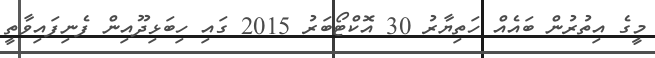
މީގެ އިތުރުން ބައެއް ހަތިޔާރު 30 އޮކްޓޯބަރު 2015 ގައި ހިބަޅިދޫއިން ފެނިފައިވާތީ